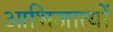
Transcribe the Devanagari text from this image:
आभिजात्यों